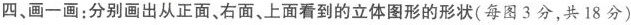
四、画一画：分别画出从正面、右面、上面看到的立体图形的形状（每图3分，共18分）